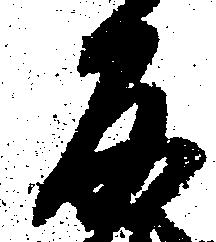
反